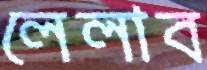
লেলাব